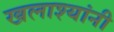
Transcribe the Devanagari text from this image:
खलाश्यांनी